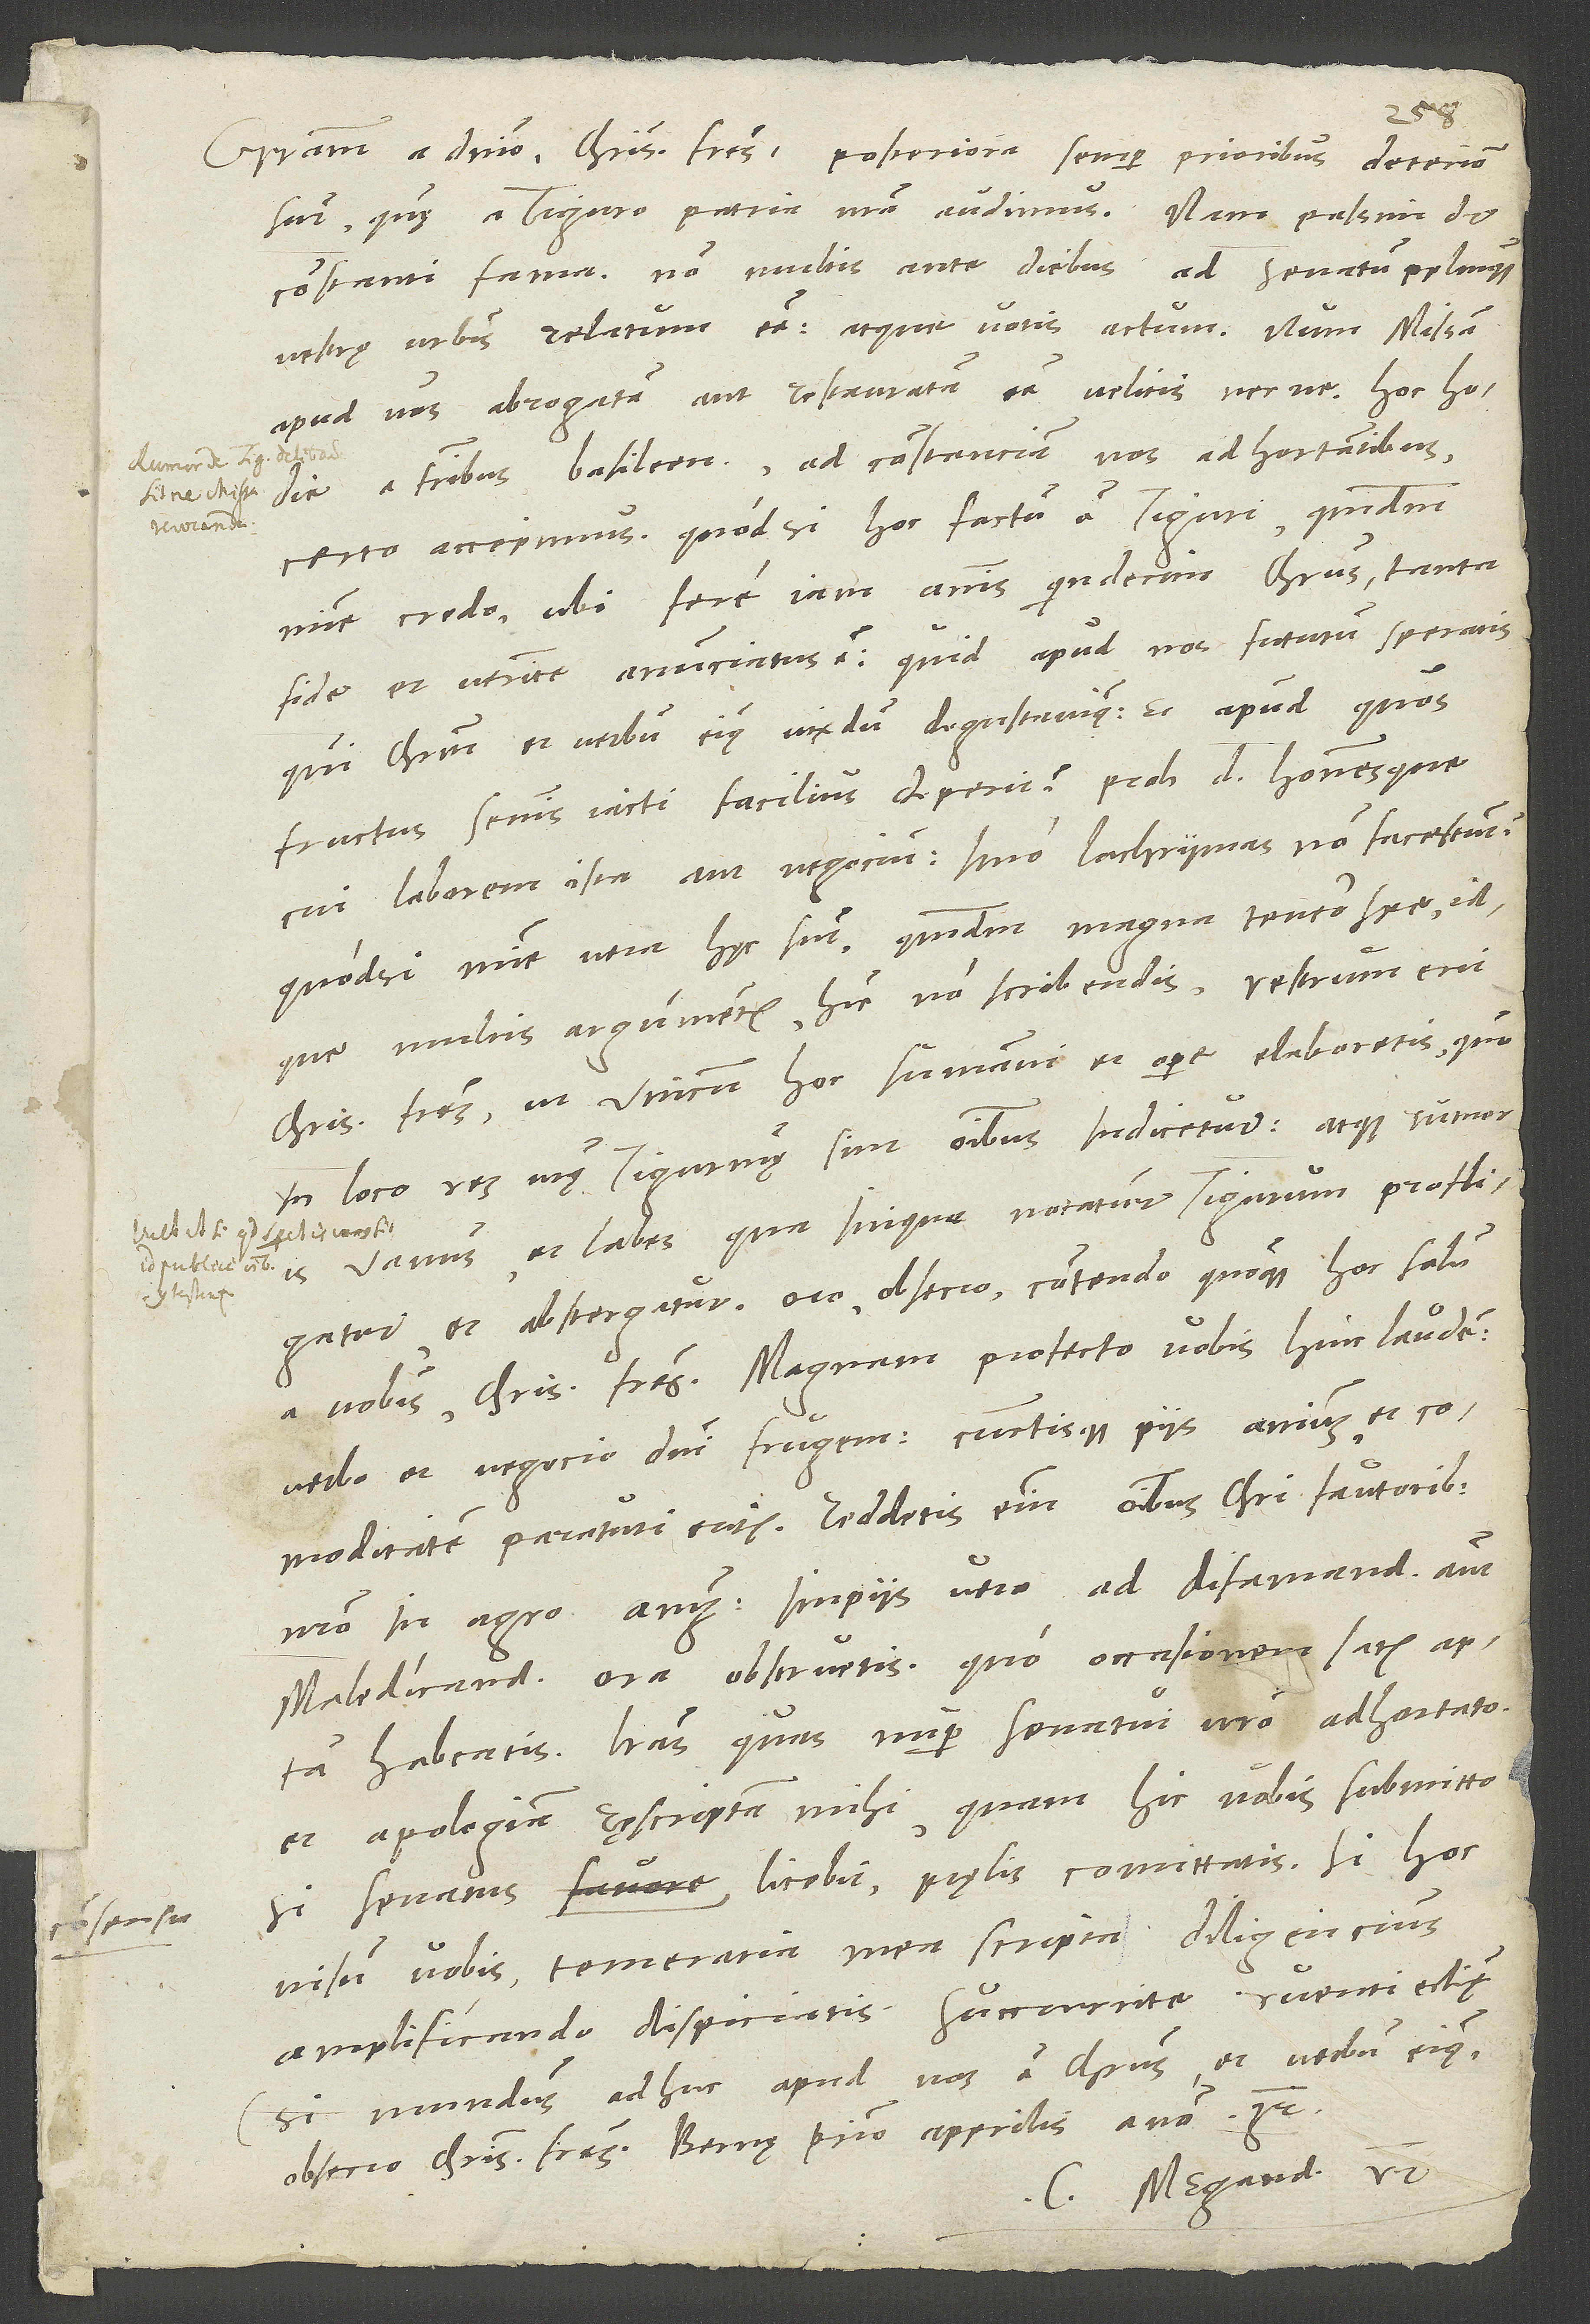
consensu

Gratiam a domino, charissimi fratres. Posteriora semper prioribus deteriora
sunt, quę a Tiguro, patria nostra, audimus. Nam passim
constanti fama non multis ante diebus ad senatum populumque
vestrę urbis relatum esse atque votis actum, num missam
apud vos abrogatam aut restauratam esse velitis necne. Hoc hodie
fratribus Basileensibus ad constanciam nos adhortantibus
certo accepimus. Quodsi hoc factum est Tiguri, quemadmodum
credo, ubi fere iam annis quindecim Christus tanta
fide et veritate anunciatus est, quid apud nos futurum speratis,
qui Christum et verbum eius vixdum degustavimus et apud quos
fructus seminis iacti facilius deperit? Proh d, et
apologiam rescriptam mihi, quam hic vobis submitto,
visum vobis, temeraria mea scripta diligencius
amplificando dispicietis. Succurrite ruenti ecclesię
(si mundus adhuc apud vos est Christus et verbum eius),
obsecro, charissimi fratres. Bernę, primo apprilis anno 32.
C. Megand. vester.